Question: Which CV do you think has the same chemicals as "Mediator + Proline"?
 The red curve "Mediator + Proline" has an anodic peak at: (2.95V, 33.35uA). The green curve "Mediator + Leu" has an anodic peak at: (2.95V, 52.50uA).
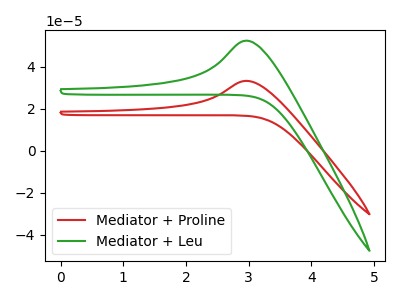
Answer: <think>All the peaks in "Mediator + Proline" have a peak in "Mediator + Leu" at the same potential. Every peak in "Mediator + Proline" is lower than every peak in "Mediator + Leu".
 </think>
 <answer>The CV with the most similar shape to "Mediator + Leu" is "Mediator + Proline".</answer>
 <eval>"Mediator + Proline"</eval>